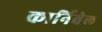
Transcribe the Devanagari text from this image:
कार्निवेल